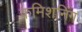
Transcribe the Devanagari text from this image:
कमिशनिंग